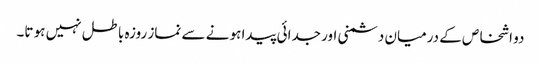
دو اشخاص کے درمیان دشمنی اور جدائی پیدا ہو نے سے نماز روزہ باطل نہیں ہو تا۔